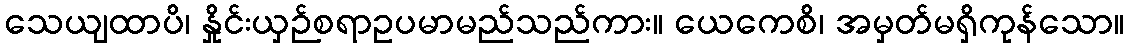
သေယျထာပိ၊ နှိုင်းယှဉ်စရာဥပမာမည်သည်ကား။ ယေကေစိ၊ အမှတ်မရှိကုန်သော။